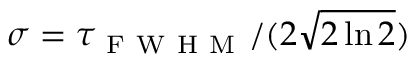
\sigma = \tau _ { \mathrm { ~ F ~ W ~ H ~ M ~ } } / ( 2 \sqrt { 2 \ln { 2 } } )